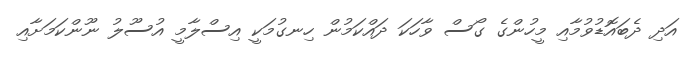
އަދި ދެބައޮޑުވުމާއި މީހުންގެ ގޯސް ވާހަކަ ދައްކަމުން ހިނގުމަކީ އިސްލާމީ އުސޫލު ނޫންކަމަށާއި